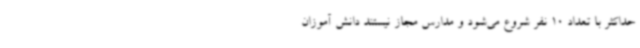
حداکثر با تعداد 10 نفر شروع می‌شود و مدارس مجاز نیستند دانش آموزان